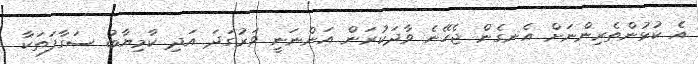
އެ ކުޅުންތެރިންނަށް އެނގެން ޖެހޭނެ ވާދަކުރަން އަންނަނީ ވަރުގަދަ އަދި ކާމިޔާބު ސަގާފަތަކާ